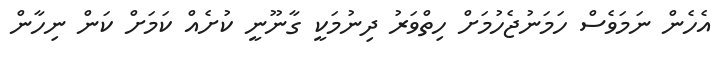
އެހެން ނަމަވެސް ހަމަނުޖެހުމަށް ހިތްވަރު ދިނުމަކީ ގާނޫނީ ކުށެއް ކަމަށް ކަން ނިހާން